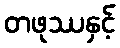
တဖုဿနှင့်